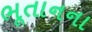
ભૂતાનના